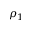
\rho _ { 1 }